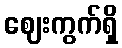
ဈေးကွက်ရှိ